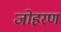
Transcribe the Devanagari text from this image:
जोहरण